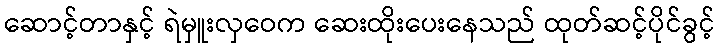
ဆောင့်တာနှင့် ရဲမှူးလှဝေက ဆေးထိုးပေးနေသည် ထုတ်ဆင့်ပိုင်ခွင့်